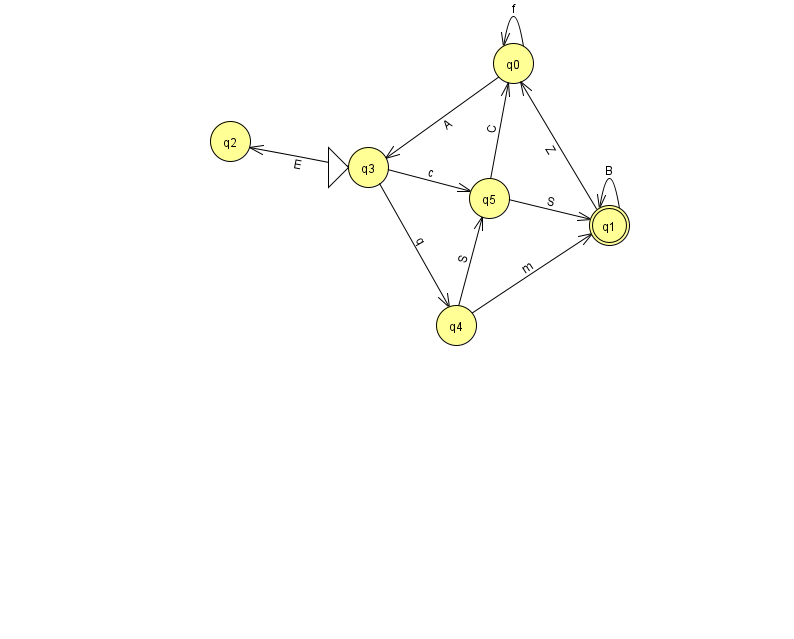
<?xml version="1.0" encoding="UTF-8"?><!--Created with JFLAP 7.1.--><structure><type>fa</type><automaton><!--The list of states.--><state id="0" name="q0"><x>513.0</x><y>50.0</y></state><state id="1" name="q1"><x>609.0</x><y>212.0</y><final/></state><state id="2" name="q2"><x>230.0</x><y>128.0</y></state><state id="3" name="q3"><x>368.0</x><y>154.0</y><initial/></state><state id="4" name="q4"><x>456.0</x><y>312.0</y></state><state id="5" name="q5"><x>489.0</x><y>185.0</y></state><!--The list of transitions.--><transition><from>4</from><to>1</to><read>m</read></transition><transition><from>1</from><to>1</to><read>B</read></transition><transition><from>4</from><to>5</to><read>S</read></transition><transition><from>0</from><to>3</to><read>A</read></transition><transition><from>0</from><to>0</to><read>f</read></transition><transition><from>1</from><to>0</to><read>Z</read></transition><transition><from>3</from><to>5</to><read>c</read></transition><transition><from>3</from><to>4</to><read>q</read></transition><transition><from>3</from><to>2</to><read>E</read></transition><transition><from>5</from><to>0</to><read>C</read></transition><transition><from>5</from><to>1</to><read>S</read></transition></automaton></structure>